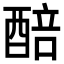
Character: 醅